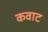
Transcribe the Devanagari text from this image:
कवाट